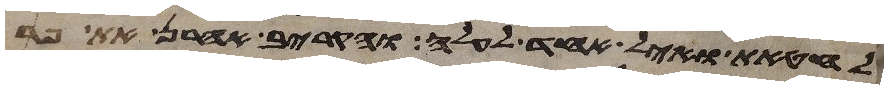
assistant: לחטאת ואיל אחד לעלה והקריב אהרן את פר